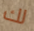
لك